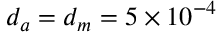
d _ { a } = d _ { m } = 5 \times 1 0 ^ { - 4 }